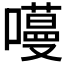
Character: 𭋽